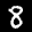
Label: 8